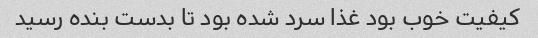
کیفیت خوب بود غذا سرد شده بود تا بدست بنده رسید